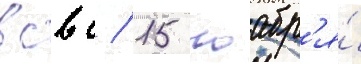
всвс / 15 ноабр'я́